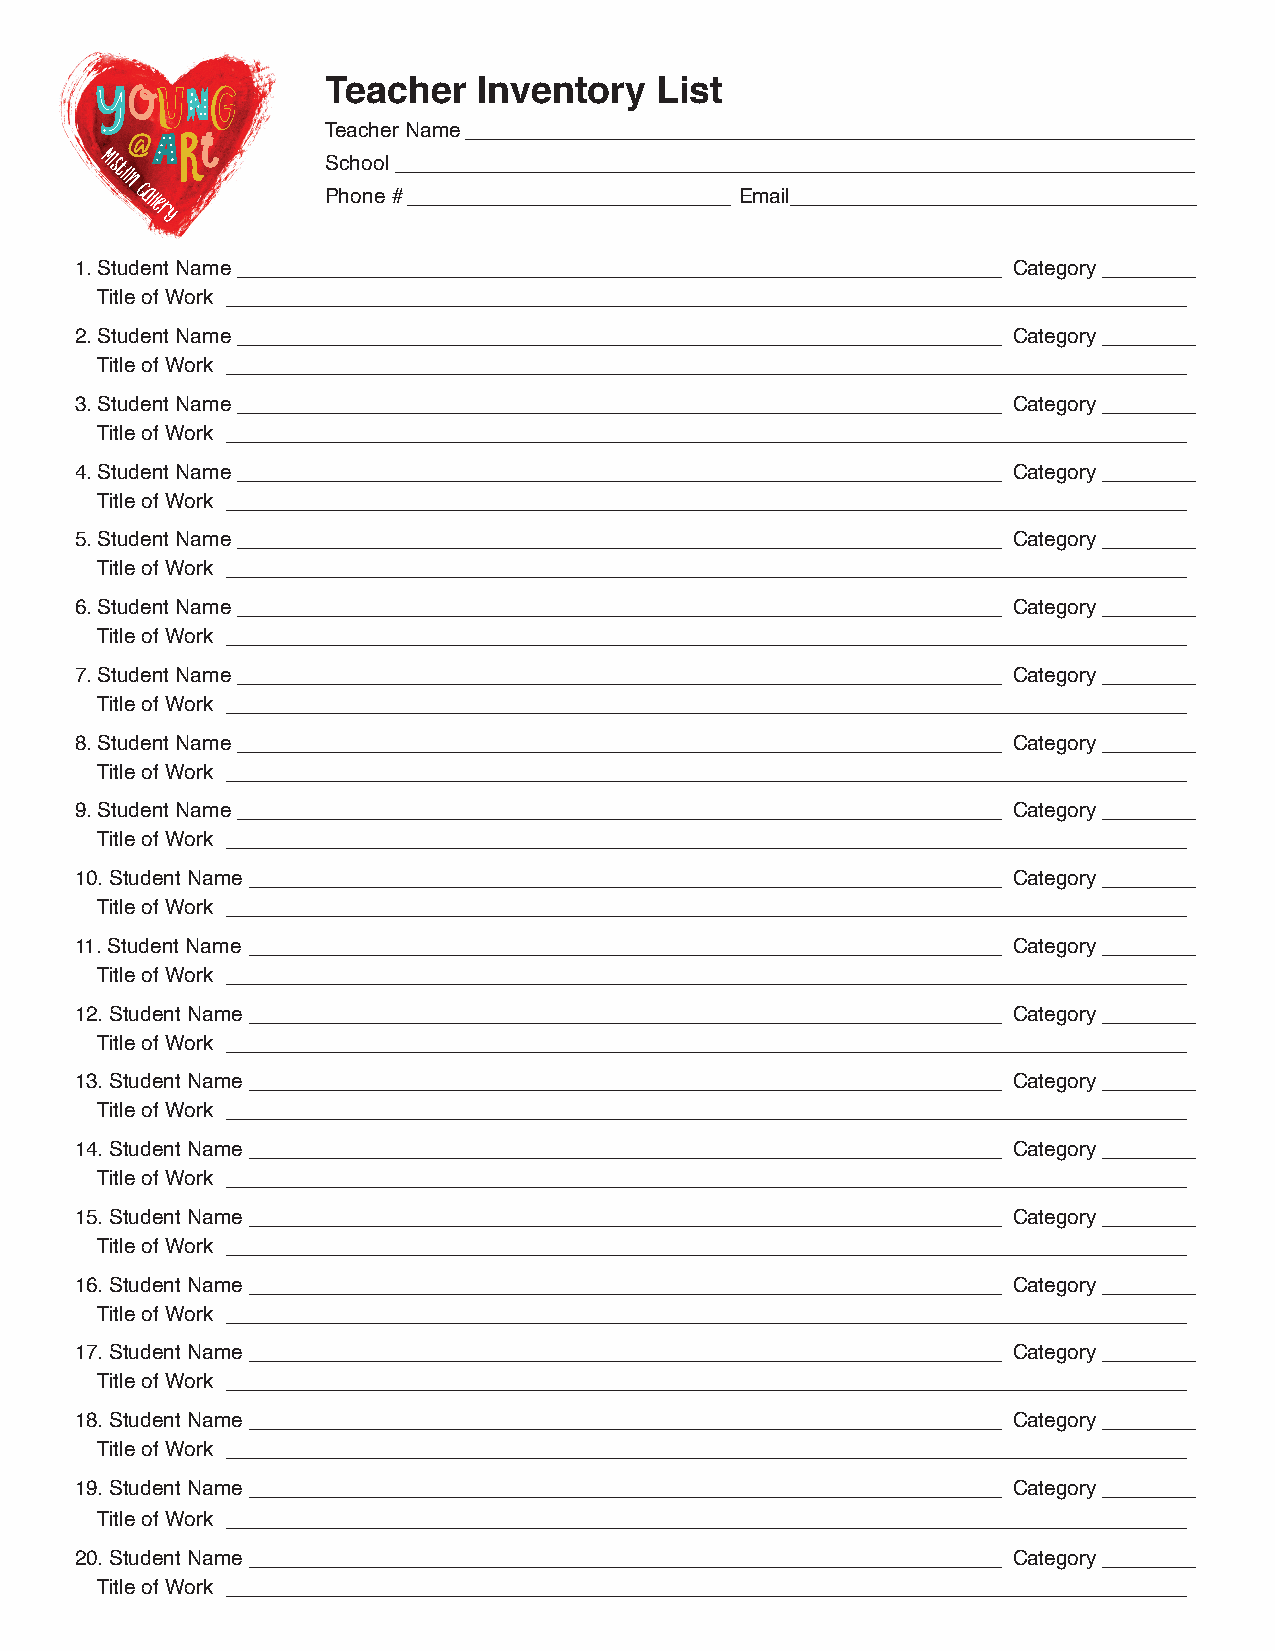
Teacher   Inventory  List
 Teacher Name _______________________________________________________________
 Mistlin
 Gallery
 S Pc hh oo no el #_ __ __ __ __ __ __ __ __ __ __ __ __ __ __ __ __ __ __ __ __ __ __ __ __ __ __ __ ___ E_ m__ a_ il_ __ __ __ __ __ __ __ __ __ __ __ __ __ __ __ __ __ __ __ __ __ __ __ __ __ __ __ __ __ __ __ __ __ __
 _
 1. Student Name __________________________________________________________________ Category ________
 Title of Work ___________________________________________________________________________________
 2. Student Name __________________________________________________________________ Category ________
 Title of Work ___________________________________________________________________________________
 3. Student Name __________________________________________________________________ Category ________
 Title of Work ___________________________________________________________________________________
 4. Student Name __________________________________________________________________ Category ________
 Title of Work ___________________________________________________________________________________
 5. Student Name __________________________________________________________________ Category ________
 Title of Work ___________________________________________________________________________________
 6. Student Name __________________________________________________________________ Category ________
 Title of Work ___________________________________________________________________________________
 7. Student Name __________________________________________________________________ Category ________
 Title of Work ___________________________________________________________________________________
 8. Student Name __________________________________________________________________ Category ________
 Title of Work ___________________________________________________________________________________
 9. Student Name __________________________________________________________________ Category ________
 Title of Work ___________________________________________________________________________________
 10. Student Name _________________________________________________________________ Category ________
 Title of Work ___________________________________________________________________________________
 11. Student Name _________________________________________________________________ Category ________
 Title of Work ___________________________________________________________________________________
 12. Student Name _________________________________________________________________ Category ________
 Title of Work ___________________________________________________________________________________
 13. Student Name _________________________________________________________________ Category ________
 Title of Work ___________________________________________________________________________________
 14. Student Name _________________________________________________________________ Category ________
 Title of Work ___________________________________________________________________________________
 15. Student Name _________________________________________________________________ Category ________
 Title of Work ___________________________________________________________________________________
 16. Student Name _________________________________________________________________ Category ________
 Title of Work ___________________________________________________________________________________
 17. Student Name _________________________________________________________________ Category ________
 Title of Work ___________________________________________________________________________________
 18. Student Name _________________________________________________________________ Category ________
 Title of Work ___________________________________________________________________________________
 19. Student Name _________________________________________________________________ Category ________
 Title of Work ___________________________________________________________________________________
 20. Student Name _________________________________________________________________ Category ________
 Title of Work ___________________________________________________________________________________